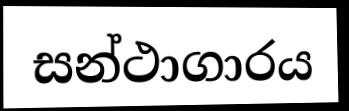
සන්ථාගාරය